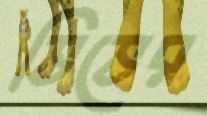
ভিভের